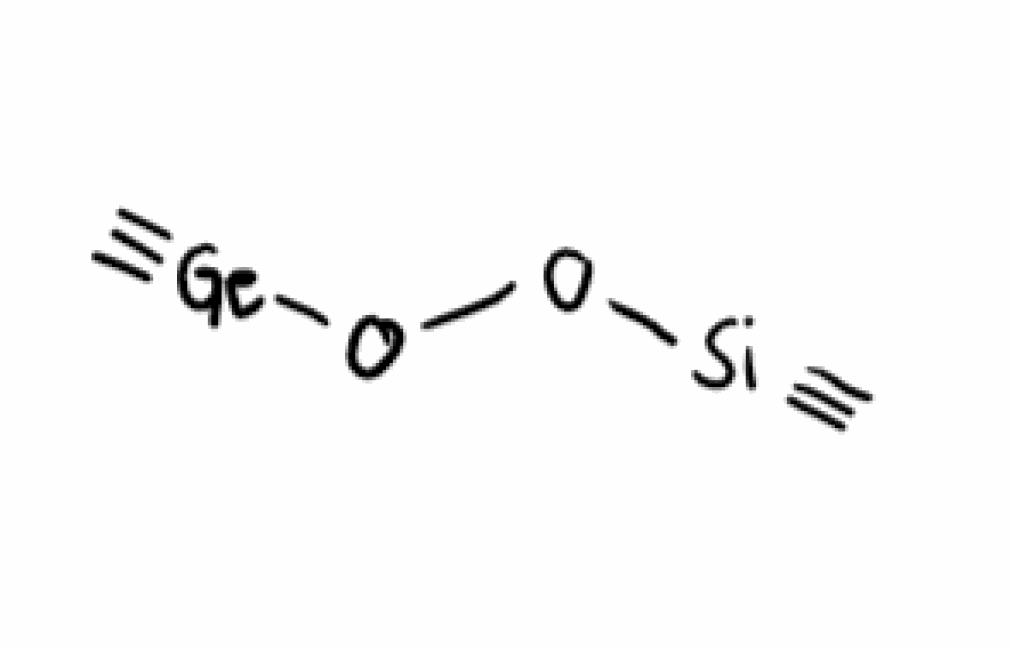
Simplified molecular-input line-entry system (SMILES) notation of the given molecule:
C#[Si]OO[Ge]#C